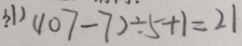
( 1 ) ( 1 0 7 - 7 ) \div 5 + 1 = 2 1